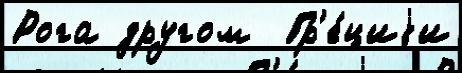
Рога другом  Гр'е́циjи